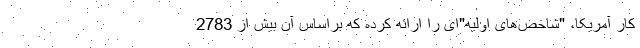
کار آمریکا، "شاخص‌های اولیه"ای را ارائه کرده که براساس آن بیش از 2783